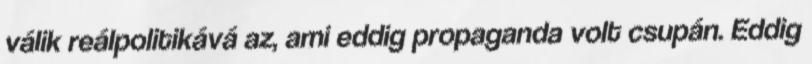
válik reálpolitikává az, ami eddig propaganda volt csupán. Eddig